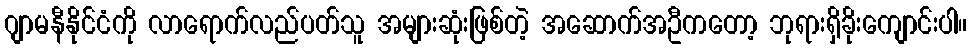
ဂျာမနီနိုင်ငံကို လာရောက်လည်ပတ်သူ အများဆုံးဖြစ်တဲ့ အဆောက်အဦကတော့ ဘုရားရှိခိုးကျောင်းပါ။